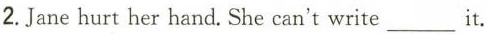
2.Jane hurt her hand. She can't write___it.